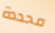
محددة